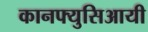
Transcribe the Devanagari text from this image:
कानफ्युसिआयी